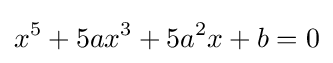
x^{5}+5ax^{3}+5a^{2}x+b=0